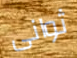
ثوانى